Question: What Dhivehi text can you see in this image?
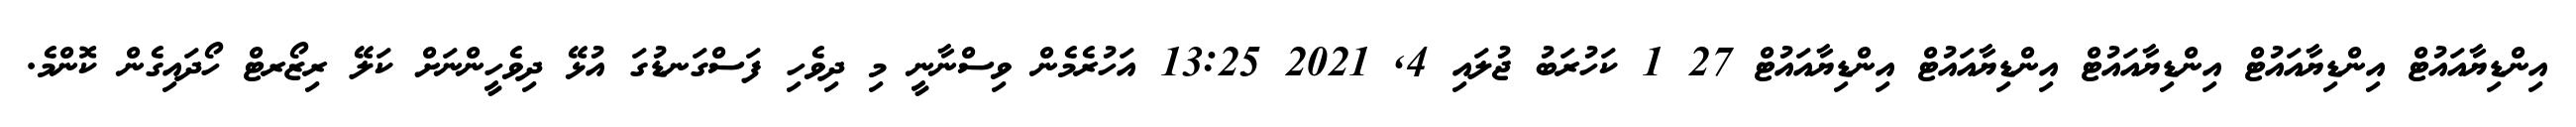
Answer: އިންޑިޔާއައުޓް އިންޑިޔާއައުޓް އިންޑިޔާއައުޓް އިންޑިޔާއައުޓް އިންޑިޔާއައުޓް 27 1 ކަހުރަބު ޖުލައި 4, 2021 13:25 އަހުރެމެން ވިސްނާނީ މި ދިވެހި ފަސްގަނޑުގަ އުޅޭ ދިވެހީންނަށް ކަލޭ ރިޒޯރޓް ހޯދައިގެން ކޮންމެ.